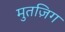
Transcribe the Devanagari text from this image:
मुतज़िग